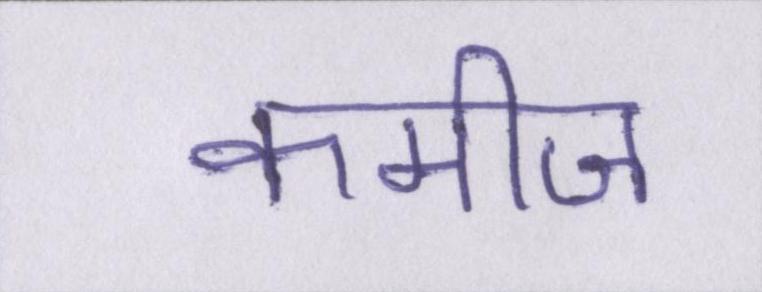
कमीज